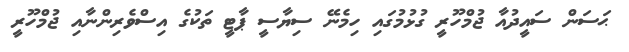
ޙަސަން ސައީދުއާ ޖުމްހޫރީ ގުޅުމުގައި ހިމެނޭ ސިޔާސީ ޕާޓީ ތަކުގެ އިސްވެރިންނާއި ޖުމްހޫރީ